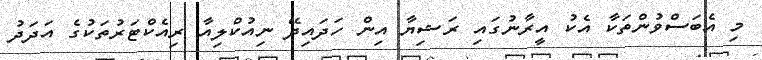
މި އެބަސްވުންތަކާ އެކު އީރާނުގައި ރަޝިޔާ އިން ހަދައިދޭ ނިއުކްލިއާ ރިއެކްޓަރުތަކުގެ އަދަދު